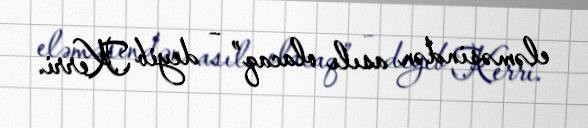
eləməsindən asılı olacaq” – deyib Kerri.